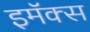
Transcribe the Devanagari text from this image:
इमॅक्स